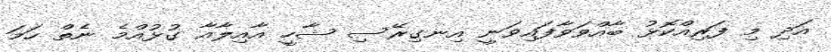
އަދި މި ފަރިއްކޮޅު ބާއްވަވާފައިވަނީ އިނގިރޭސި ޝާހީ އާއިލާއާ ގުޅުއްމެ ނެތް ހަމަ